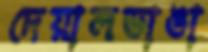
দেয়ালভাঙা